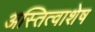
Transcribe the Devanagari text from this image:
अस्तित्वाशेष